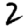
Digit: 2